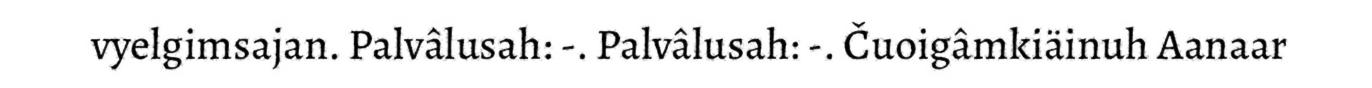
vyelgimsajan. Palvâlusah: -. Palvâlusah: -. Čuoigâmkiäinuh Aanaar